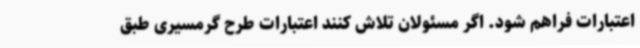
اعتبارات فراهم شود. اگر مسئولان تلاش کنند اعتبارات طرح گرمسیری طبق